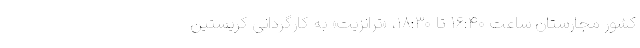
کشور مجارستان ساعت ۱۶:۴۰ تا ۱۸:۳۰، «ترانزیت» به کارگردانی کریستین